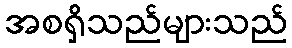
အစရှိသည်များသည်